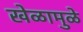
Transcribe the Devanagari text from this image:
खेळामुळे